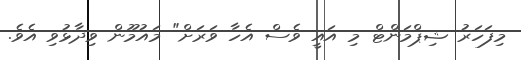
މިފަހަރު ޝިޕްމަންޓް މި އައީ ވެސް އެހާ ވަރަށް" މައުމޫން ވިދާޅުވި އެވެ.